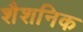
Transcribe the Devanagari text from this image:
शैशनिक